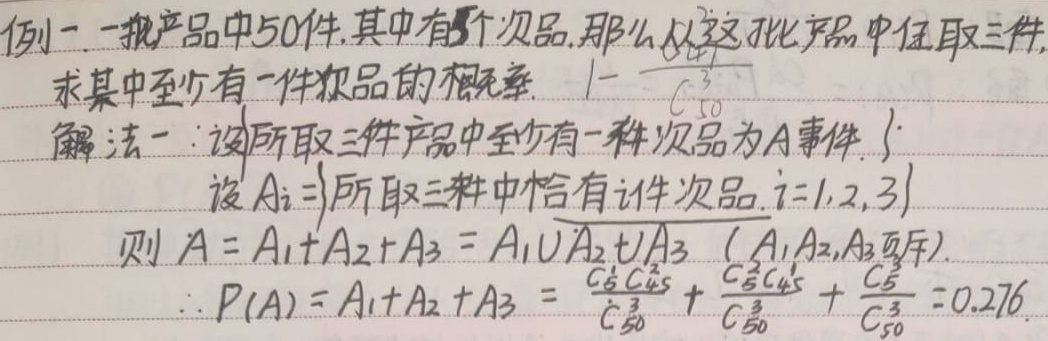
例一：一批产品中50件，其中有5个次品，那么从这批产品中任取三件，求其中至少有一件次品的概率。
\(1-\frac{C_{45}^{3}}{C_{50}^{3}}\)
解法一：设所取三件产品中至少有一件次品为 \(A\) 事件。
设 \(A_{i}=\{\text{所取三件中恰有}i\text{件次品},i = 1,2,3\}\)
则 \(A=A_{1}+A_{2}+A_{3}=A_{1}\cup A_{2}\cup A_{3}\)（\(A_{1},A_{2},A_{3}\)互斥）
\(\therefore P(A)=P(A_{1}) + P(A_{2})+P(A_{3})=\frac{C_{5}^{1}C_{45}^{2}}{C_{50}^{3}}+\frac{C_{5}^{2}C_{45}^{1}}{C_{50}^{3}}+\frac{C_{5}^{3}}{C_{50}^{3}} = 0.276\)